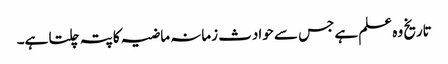
تاریخ وہ علم ہے جس سے حوادث زمانہ ماضیہ کا پتہ چلتا ہے۔